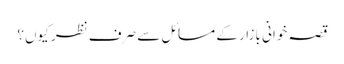
قصہ خوانی بازار کے مسائل سے صرف نظر کیوں؟